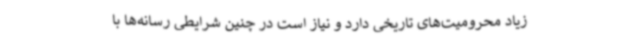
زیاد محرومیت‌های تاریخی دارد و نیاز است در چنین شرایطی رسانه‌ها با